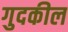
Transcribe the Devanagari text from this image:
गुदकील